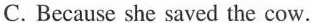
C. Because she saved the cow.